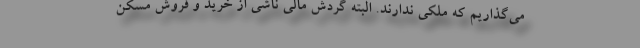
می‌گذاریم که ملکی ندارند. البته گردش مالی ناشی از خرید و فروش مسکن